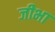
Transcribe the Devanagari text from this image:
जीभा